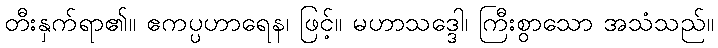
တီးနှက်ရာ၏။ ဧကပ္ပဟာရေန၊ ဖြင့်။ မဟာသဒ္ဒေါ၊ ကြီးစွာသော အသံသည်။